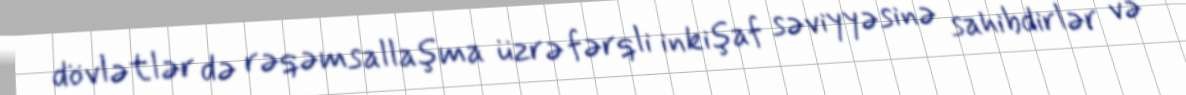
dövlətlər də rəqəmsallaşma üzrə fərqli inkişaf səviyyəsinə sahibdirlər və